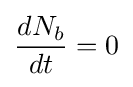
{\frac {dN_{b}}{dt}}=0